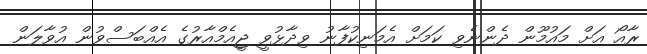
ރާއޯ އަށް މައުމޫން ދެންނެވި ކަމަށް އެމަނިކުފާނު ވިދާޅުވީ ޖީއެމްއާރުގެ އެއްބަސްވުން އުވާލަން